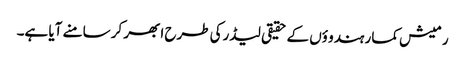
رمیش کمار ہندو ؤں کے حقیقی لیڈرکی طرح ابھر کر سامنے آیا ہے۔